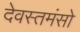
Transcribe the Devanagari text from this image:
देवस्तमंसो